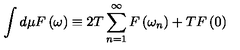
\int d \mu F \left( \omega \right) \equiv 2 T \sum _ { n = 1 } ^ { \infty } F \left( \omega _ { n } \right) + T F \left( 0 \right)